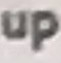
up